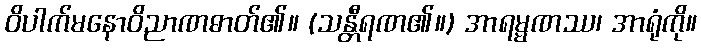
ဝိပါက်မနောဝိညာဏဓာတ်၏။ (သန္တီရဏ၏။) အာရမ္မဏဿ၊ အာရုံကို။